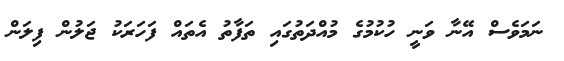
ނަމަވެސް އޭނާ ވަނީ ހުކުމުގެ މުއްދަތުގައި ތަފާތު އެތައް ފަހަރަކު ޖަލުން ފިލަން